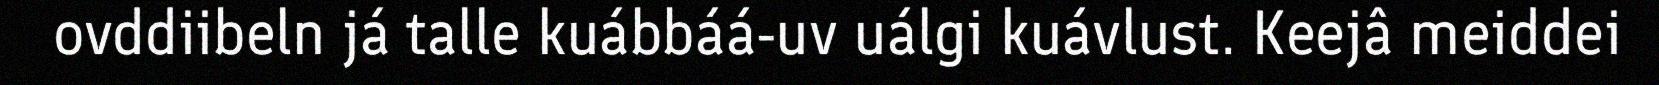
ovddiibeln já talle kuábbáá-uv uálgi kuávlust. Keejâ meiddei